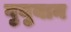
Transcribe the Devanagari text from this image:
गुयुयान